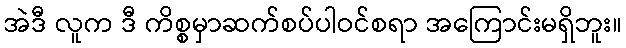
အဲဒီ လူက ဒီ ကိစ္စမှာဆက်စပ်ပါဝင်စရာ အကြောင်းမရှိဘူး။